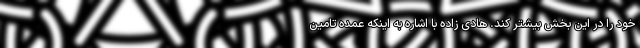
خود را در این بخش بیشتر کند. هادی زاده با اشاره به اینکه عمده تامین